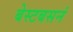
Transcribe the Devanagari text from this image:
बेस्टबसनं